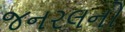
જનરલનો